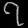
Digit: ၇